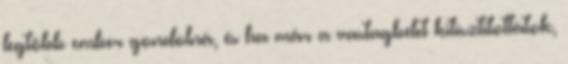
legtöbb ember gondolná, és ha már a vastagbelet kitisztítottátok,